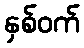
နှစ်ဝက်